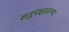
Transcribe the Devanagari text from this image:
शत्रूपक्षांतल्या